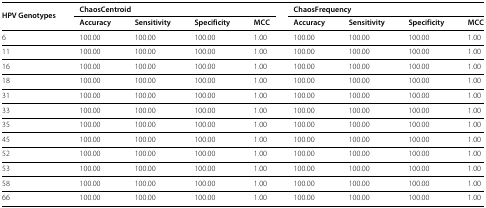
<table><thead><tr><td><b>HPV Genotypes</b></td><td colspan="4"><b>ChaosCentroid</b></td><td colspan="4"><b>ChaosFrequency</b></td></tr><tr><td></td><td><b>Accuracy</b></td><td><b>Sensitivity</b></td><td><b>Specificity</b></td><td><b>MCC</b></td><td><b>Accuracy</b></td><td><b>Sensitivity</b></td><td><b>Specificity</b></td><td><b>MCC</b></td></tr></thead><tbody><tr><td>6</td><td>100.00</td><td>100.00</td><td>100.00</td><td>1.00</td><td>100.00</td><td>100.00</td><td>100.00</td><td>1.00</td></tr><tr><td>11</td><td>100.00</td><td>100.00</td><td>100.00</td><td>1.00</td><td>100.00</td><td>100.00</td><td>100.00</td><td>1.00</td></tr><tr><td>16</td><td>100.00</td><td>100.00</td><td>100.00</td><td>1.00</td><td>100.00</td><td>100.00</td><td>100.00</td><td>1.00</td></tr><tr><td>18</td><td>100.00</td><td>100.00</td><td>100.00</td><td>1.00</td><td>100.00</td><td>100.00</td><td>100.00</td><td>1.00</td></tr><tr><td>31</td><td>100.00</td><td>100.00</td><td>100.00</td><td>1.00</td><td>100.00</td><td>100.00</td><td>100.00</td><td>1.00</td></tr><tr><td>33</td><td>100.00</td><td>100.00</td><td>100.00</td><td>1.00</td><td>100.00</td><td>100.00</td><td>100.00</td><td>1.00</td></tr><tr><td>35</td><td>100.00</td><td>100.00</td><td>100.00</td><td>1.00</td><td>100.00</td><td>100.00</td><td>100.00</td><td>1.00</td></tr><tr><td>45</td><td>100.00</td><td>100.00</td><td>100.00</td><td>1.00</td><td>100.00</td><td>100.00</td><td>100.00</td><td>1.00</td></tr><tr><td>52</td><td>100.00</td><td>100.00</td><td>100.00</td><td>1.00</td><td>100.00</td><td>100.00</td><td>100.00</td><td>1.00</td></tr><tr><td>53</td><td>100.00</td><td>100.00</td><td>100.00</td><td>1.00</td><td>100.00</td><td>100.00</td><td>100.00</td><td>1.00</td></tr><tr><td>58</td><td>100.00</td><td>100.00</td><td>100.00</td><td>1.00</td><td>100.00</td><td>100.00</td><td>100.00</td><td>1.00</td></tr><tr><td>66</td><td>100.00</td><td>100.00</td><td>100.00</td><td>1.00</td><td>100.00</td><td>100.00</td><td>100.00</td><td>1.00</td></tr></tbody></table>